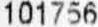
101756